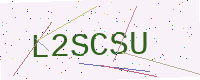
Text: L2SCSU